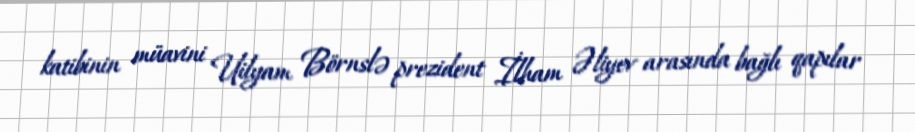
katibinin müavini Uilyam Börnslə prezident İlham Əliyev arasında bağlı qapılar